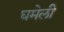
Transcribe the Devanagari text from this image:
घमेली